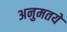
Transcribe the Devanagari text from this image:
अनुमतये